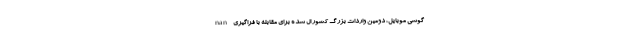
nan گوشی موبایل، دومین واردات بزرگ کشور ال شده برای مقابله با فراگیری